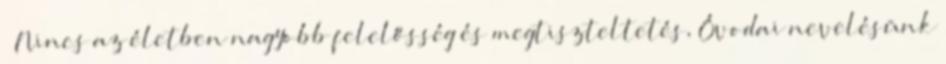
’’Nincs az életben nagyobb felelősség és megtiszteltetés, Óvodai nevelésünk